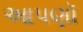
આપણૉ